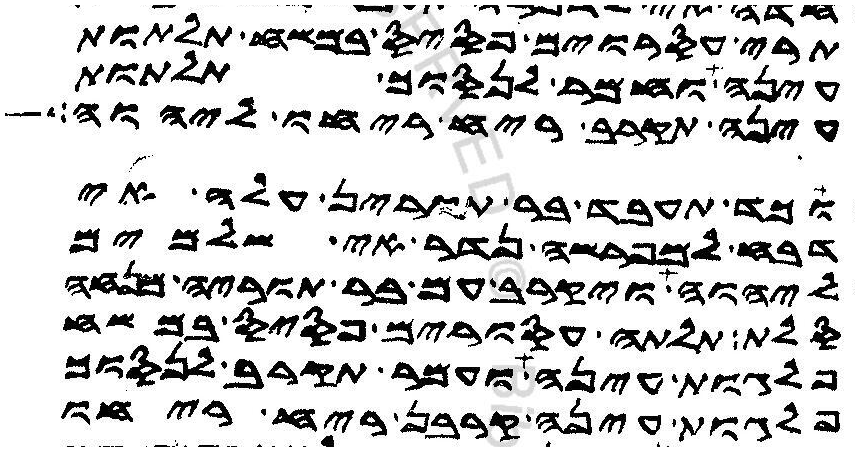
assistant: תרי עסרוורים פסיס במשח תלתות
עינה וחמר לנסוך תלתות
עינה תקרב ריח ריחו ליהוה
וכד תעבד בר תורין עלה אי
דבח למפרשה נדר אי שלמים
ליהוה ויקרב עם בר תוריה מנחה
סלת תלתה עסורים פסיס במשח
פלגות עינה ועמר תקרב לנסוך
פלגות עינה קרבן ריח ריחו